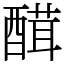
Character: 䤊